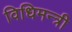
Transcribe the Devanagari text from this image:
विधिमन्त्री